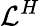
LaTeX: \mathcal{L}^{H}